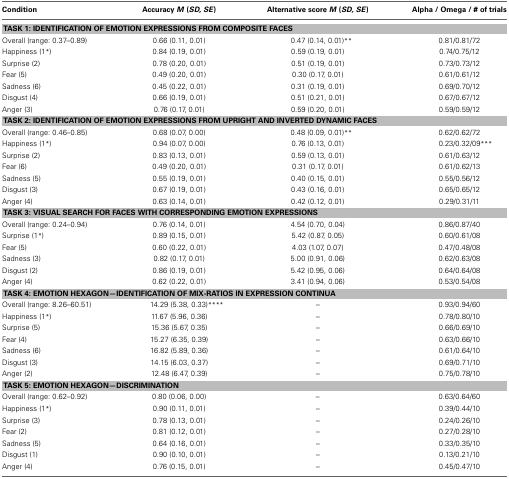
<table><thead><tr><td><b>Condition</b></td><td><b>Accuracy <i>M</i> (<i>SD, SE</i>)</b></td><td><b>Alternative score <i>M</i> (<i>SD, SE</i>)</b></td><td><b>Alpha / Omega / # of trials</b></td></tr></thead><tbody><tr><td colspan="4"><b>TASK 1: IDENTIFICATION OF EMOTION EXPRESSIONS FROM COMPOSITE FACES</b></td></tr><tr><td>Overall (range: 0.37–0.89)</td><td>0.66 (0.11, 0.01)</td><td>0.47 (0.14, 0.01)<sup>**</sup></td><td>0.81/0.81/72</td></tr><tr><td>Happiness (1<sup>*</sup>)</td><td>0.84 (0.19, 0.01)</td><td>0.59 (0.19, 0.01)</td><td>0.74/0.75/12</td></tr><tr><td>Surprise (2)</td><td>0.78 (0.20, 0.01)</td><td>0.51 (0.19, 0.01)</td><td>0.73/0.73/12</td></tr><tr><td>Fear (5)</td><td>0.49 (0.20, 0.01)</td><td>0.30 (0.17, 0.01)</td><td>0.61/0.61/12</td></tr><tr><td>Sadness (6)</td><td>0.45 (0.22, 0.01)</td><td>0.31 (0.19, 0.01)</td><td>0.69/0.70/12</td></tr><tr><td>Disgust (4)</td><td>0.66 (0.19, 0.01)</td><td>0.51 (0.21, 0.01)</td><td>0.67/0.67/12</td></tr><tr><td>Anger (3)</td><td>0.76 (0.17, 0.01)</td><td>0.59 (0.20, 0.01)</td><td>0.59/0.59/12</td></tr><tr><td colspan="4"><b>TASK 2: IDENTIFICATION OF EMOTION EXPRESSIONS FROM UPRIGHT AND INVERTED DYNAMIC FACES</b></td></tr><tr><td>Overall (range: 0.46–0.85)</td><td>0.68 (0.07, 0.00)</td><td>0.48 (0.09, 0.01)<sup>**</sup></td><td>0.62/0.62/72</td></tr><tr><td>Happiness (1<sup>*</sup>)</td><td>0.94 (0.07, 0.00)</td><td>0.76 (0.13, 0.01)</td><td>0.23/0.32/09<sup>***</sup></td></tr><tr><td>Surprise (2)</td><td>0.83 (0.13, 0.01)</td><td>0.59 (0.13, 0.01)</td><td>0.61/0.63/12</td></tr><tr><td>Fear (6)</td><td>0.49 (0.20, 0.01)</td><td>0.31 (0.17, 0.01)</td><td>0.61/0.62/13</td></tr><tr><td>Sadness (5)</td><td>0.55 (0.19, 0.01)</td><td>0.40 (0.15, 0.01)</td><td>0.55/0.56/12</td></tr><tr><td>Disgust (3)</td><td>0.67 (0.19, 0.01)</td><td>0.43 (0.16, 0.01)</td><td>0.65/0.65/12</td></tr><tr><td>Anger (4)</td><td>0.63 (0.14, 0.01)</td><td>0.42 (0.12, 0.01)</td><td>0.29/0.31/11</td></tr><tr><td colspan="4"><b>TASK 3: VISUAL SEARCH FOR FACES WITH CORRESPONDING EMOTION EXPRESSIONS</b></td></tr><tr><td>Overall (range: 0.24–0.94)</td><td>0.76 (0.14, 0.01)</td><td>4.54 (0.70, 0.04)</td><td>0.86/0.87/40</td></tr><tr><td>Surprise (1<sup>*</sup>)</td><td>0.89 (0.15, 0.01)</td><td>5.42 (0.87, 0.05)</td><td>0.60/0.61/08</td></tr><tr><td>Fear (5)</td><td>0.60 (0.22, 0.01)</td><td>4.03 (1.07, 0.07)</td><td>0.47/0.48/08</td></tr><tr><td>Sadness (3)</td><td>0.82 (0.17, 0.01)</td><td>5.00 (0.91, 0.06)</td><td>0.62/0.63/08</td></tr><tr><td>Disgust (2)</td><td>0.86 (0.19, 0.01)</td><td>5.42 (0.95, 0.06)</td><td>0.64/0.64/08</td></tr><tr><td>Anger (4)</td><td>0.62 (0.22, 0.01)</td><td>3.41 (0.94, 0.06)</td><td>0.53/0.54/08</td></tr><tr><td colspan="4"><b>TASK 4: EMOTION HEXAGON—IDENTIFICATION OF MIX-RATIOS IN EXPRESSION CONTINUA</b></td></tr><tr><td>Overall (range: 8.26–60.51)</td><td>14.29 (5.38, 0.33)<sup>****</sup></td><td>–</td><td>0.93/0.94/60</td></tr><tr><td>Happiness (1<sup>*</sup>)</td><td>11.67 (5.96, 0.36)</td><td>–</td><td>0.78/0.80/10</td></tr><tr><td>Surprise (5)</td><td>15.36 (5.67, 0.35)</td><td>–</td><td>0.66/0.69/10</td></tr><tr><td>Fear (4)</td><td>15.27 (6.35, 0.39)</td><td>–</td><td>0.63/0.66/10</td></tr><tr><td>Sadness (6)</td><td>16.82 (5.89, 0.36)</td><td>–</td><td>0.61/0.64/10</td></tr><tr><td>Disgust (3)</td><td>14.15 (6.03, 0.37)</td><td>–</td><td>0.69/0.71/10</td></tr><tr><td>Anger (2)</td><td>12.48 (6.47, 0.39)</td><td>–</td><td>0.75/0.78/10</td></tr><tr><td colspan="4"><b>TASK 5: EMOTION HEXAGON—DISCRIMINATION</b></td></tr><tr><td>Overall (range: 0.62–0.92)</td><td>0.80 (0.06, 0.00)</td><td>–</td><td>0.63/0.64/60</td></tr><tr><td>Happiness (1<sup>*</sup>)</td><td>0.90 (0.11, 0.01)</td><td>–</td><td>0.39/0.44/10</td></tr><tr><td>Surprise (3)</td><td>0.78 (0.13, 0.01)</td><td>–</td><td>0.24/0.26/10</td></tr><tr><td>Fear (2)</td><td>0.81 (0.12, 0.01)</td><td>–</td><td>0.27/0.28/10</td></tr><tr><td>Sadness (5)</td><td>0.64 (0.16, 0.01)</td><td>–</td><td>0.33/0.35/10</td></tr><tr><td>Disgust (1)</td><td>0.90 (0.10, 0.01)</td><td>–</td><td>0.13/0.21/10</td></tr><tr><td>Anger (4)</td><td>0.76 (0.15, 0.01)</td><td>–</td><td>0.45/0.47/10</td></tr></tbody></table>